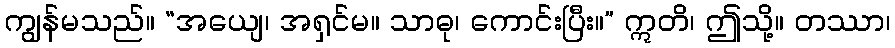
ကျွန်မသည်။ “အယျေ၊ အရှင်မ။ သာဓု၊ ကောင်းပြီး။” ဣတိ၊ ဤသို့။ တဿာ၊